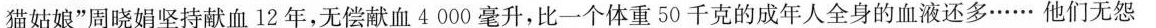
猫姑娘”周晓娟坚持献血12年，无偿献血4000毫升，比一个体重50千克的成年人全身的血液还多……他们无怨